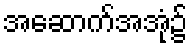
အဆောက်အအုံ၌